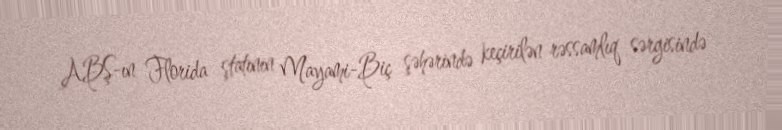
ABŞ-ın Florida ştatının Mayami-Biç şəhərində keçirilən rəssamlıq sərgisində